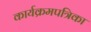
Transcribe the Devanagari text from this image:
कार्यक्रमपत्रिका